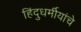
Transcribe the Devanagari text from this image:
हिंदुधर्मीयांचे